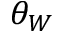
\theta _ { W }